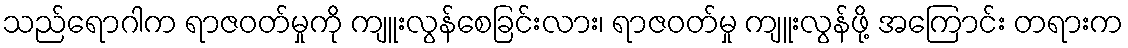
သည်ရောဂါက ရာဇဝတ်မှုကို ကျူးလွန်စေခြင်းလား၊ ရာဇဝတ်မှု ကျူးလွန်ဖို့ အကြောင်း တရားက